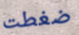
ضغطت